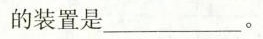
的装置是___。